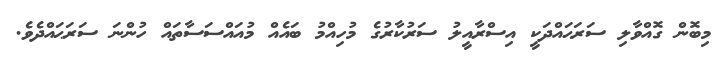
މިބޮން ގޮއްވާލި ސަރަޙައްދަކީ އިސްރާއީލު ސަރުކާރުގެ މުހިއްމު ބައެއް މުއައްސަސާތައް ހުންނަ ސަރަޙައްދެވެ.